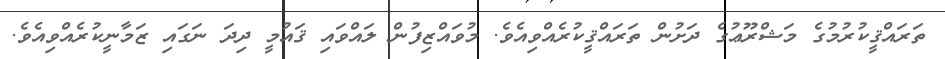
ތަރައްޤީކުރުމުގެ މަޝްރޫޢުގެ ދަށުން ތަރައްޤީކުރެއްވިއެވެ. މުވައްޒިފުން ލައްވައި ޤައުމީ ދިދަ ނަގައި ޒަމާނީކުރެއްވިއެވެ.